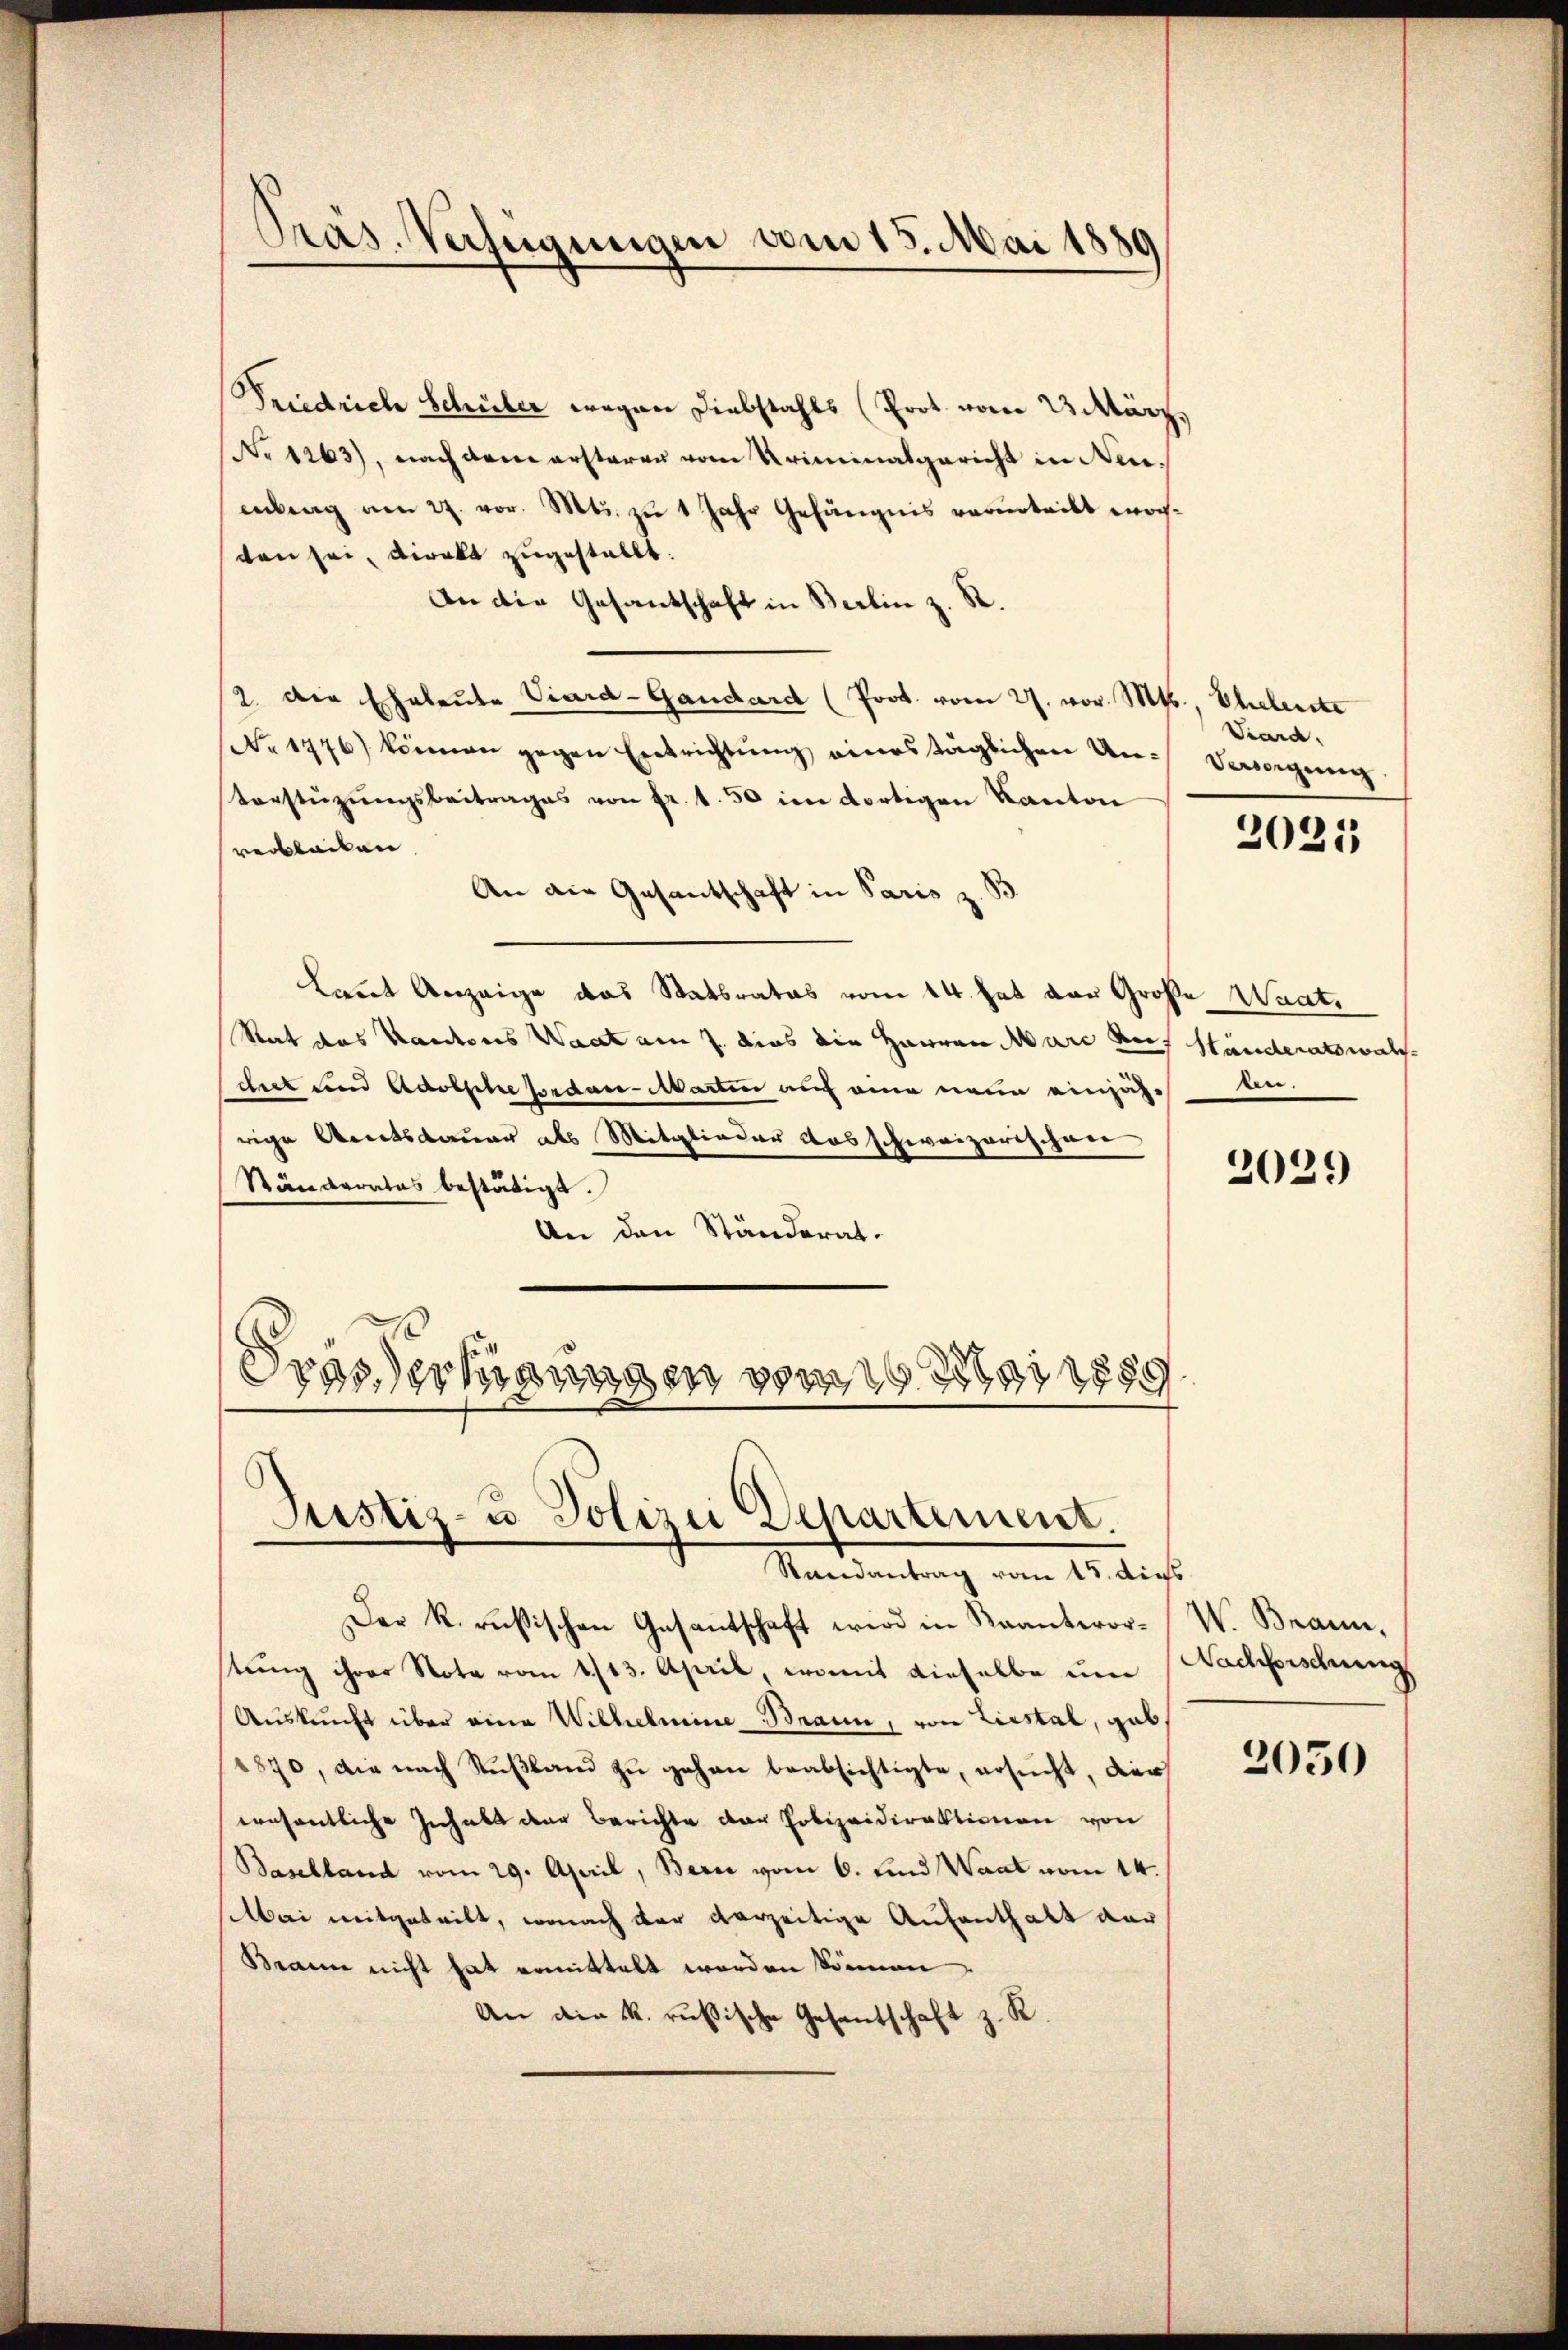
Präs. Verfügungen vom 15. Mai 1889

Friedrich Schüler wegen Diebstahls (Prot. vom 2. März,
No 1263), nach dem ersteren vom Kriminalgericht in Neuenberg am 27. vor. Mts. zu 1 Jahr Gefängnis verurteilt wochten sei, direkt zugestellt.
An die Gesandschaft in Berlin z. R.
2. Die Eheleute Viard-Gandard (Prot. vom 27. vor. Mts., Ehelerste
No 1776) können gegen Entrichtŭng eines täglichen Un- Versorgung
Vorstüzŭngsbeitrages von fr. 1.50 im dortigen Kanton
verbleiben.
An die Gesantschaft in Paris z. B
kannt Anzeige das Statsrates vom 14. hat der Große Waat.
Rat das Kantons Waat am 7. dies die Herren Marc des Ständeratswalche
Schret und Adolsche forden Martin auf eine neue einjährige Amtsdauer als Mitglieder Ausschweizerischeer
Ständerates bestätigt.
An den Ständerat.
Drascher hinungen von der g

Justiz- u Polizei Departement.

Randantrag vom 15. dies
Der k. russischen Gesantschaft wird in Krantworstŭng ihrer Note vom 1113. April, womit dieselbe um
Auskunft über eine Wilhelmine Braun, von Liestal, gab,
1870, die nach Rußland zu gehen beabsichtigte, ersucht, dies
wesentliche Inhalt der Berichte der Polizeidirektionen von
Baselland vom 29. April, Berne vom 6. und Waat vom 14.
Mai mitgeteilt, wonach der verzeitige Aufenthalt dar
Brann nicht hat ermittelt werden können
An die k. rusische Gesantschaft z. R.

Viard.

2021

en.

2029

W. Brann,
Nachforschung

2050